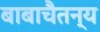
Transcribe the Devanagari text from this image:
बाबाचैतन्य